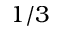
1 / 3